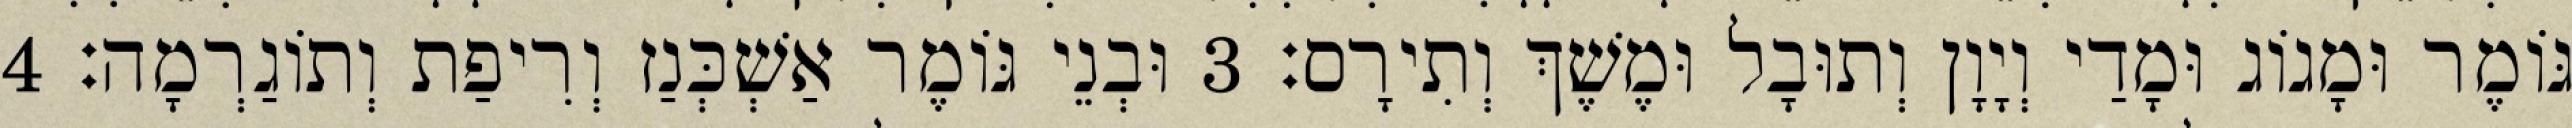
גּוֹמֶר וּמָגוֹג וּמָדַי וְיָוָן וְתוּבָל וּמֶשֶׁךְ וְתִירָס׃ 3 וּבְנֵי גּוֹמֶר אַשְׁכְּנַז וְרִיפַת וְתוֹגַרְמָה׃ 4